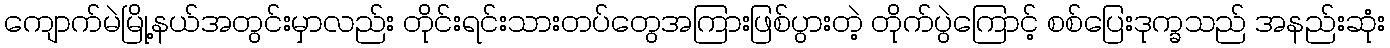
ကျောက်မဲမြို့နယ်အတွင်းမှာလည်း တိုင်းရင်းသားတပ်တွေအကြားဖြစ်ပွားတဲ့ တိုက်ပွဲကြောင့် စစ်ပြေးဒုက္ခသည် အနည်းဆုံး